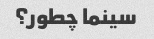
سینما چطور؟